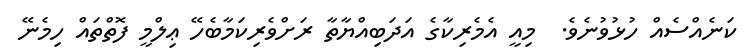
ކަނެއްސެއް ހުޅުވުނެވެ.  މިއީ އެމެރިކާގެ އަދަބިއްޔާތާ ރަށްވެރިކަމާބެހޭ ޢިލްމީ ފޮތްތައް ހިމެނޭ